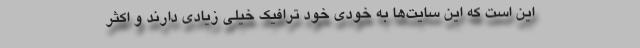
این است که این سایت‌ها به خودی خود ترافیک خیلی زیادی دارند و اکثر